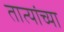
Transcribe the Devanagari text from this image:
तात्यांच्या